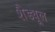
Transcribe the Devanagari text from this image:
शैड्यूल